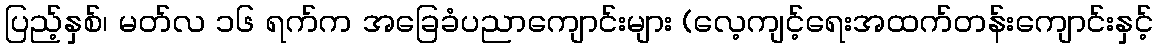
ပြည့်နှစ်၊ မတ်လ ၁၆ ရက်က အခြေခံပညာကျောင်းများ (လေ့ကျင့်ရေးအထက်တန်းကျောင်းနှင့်